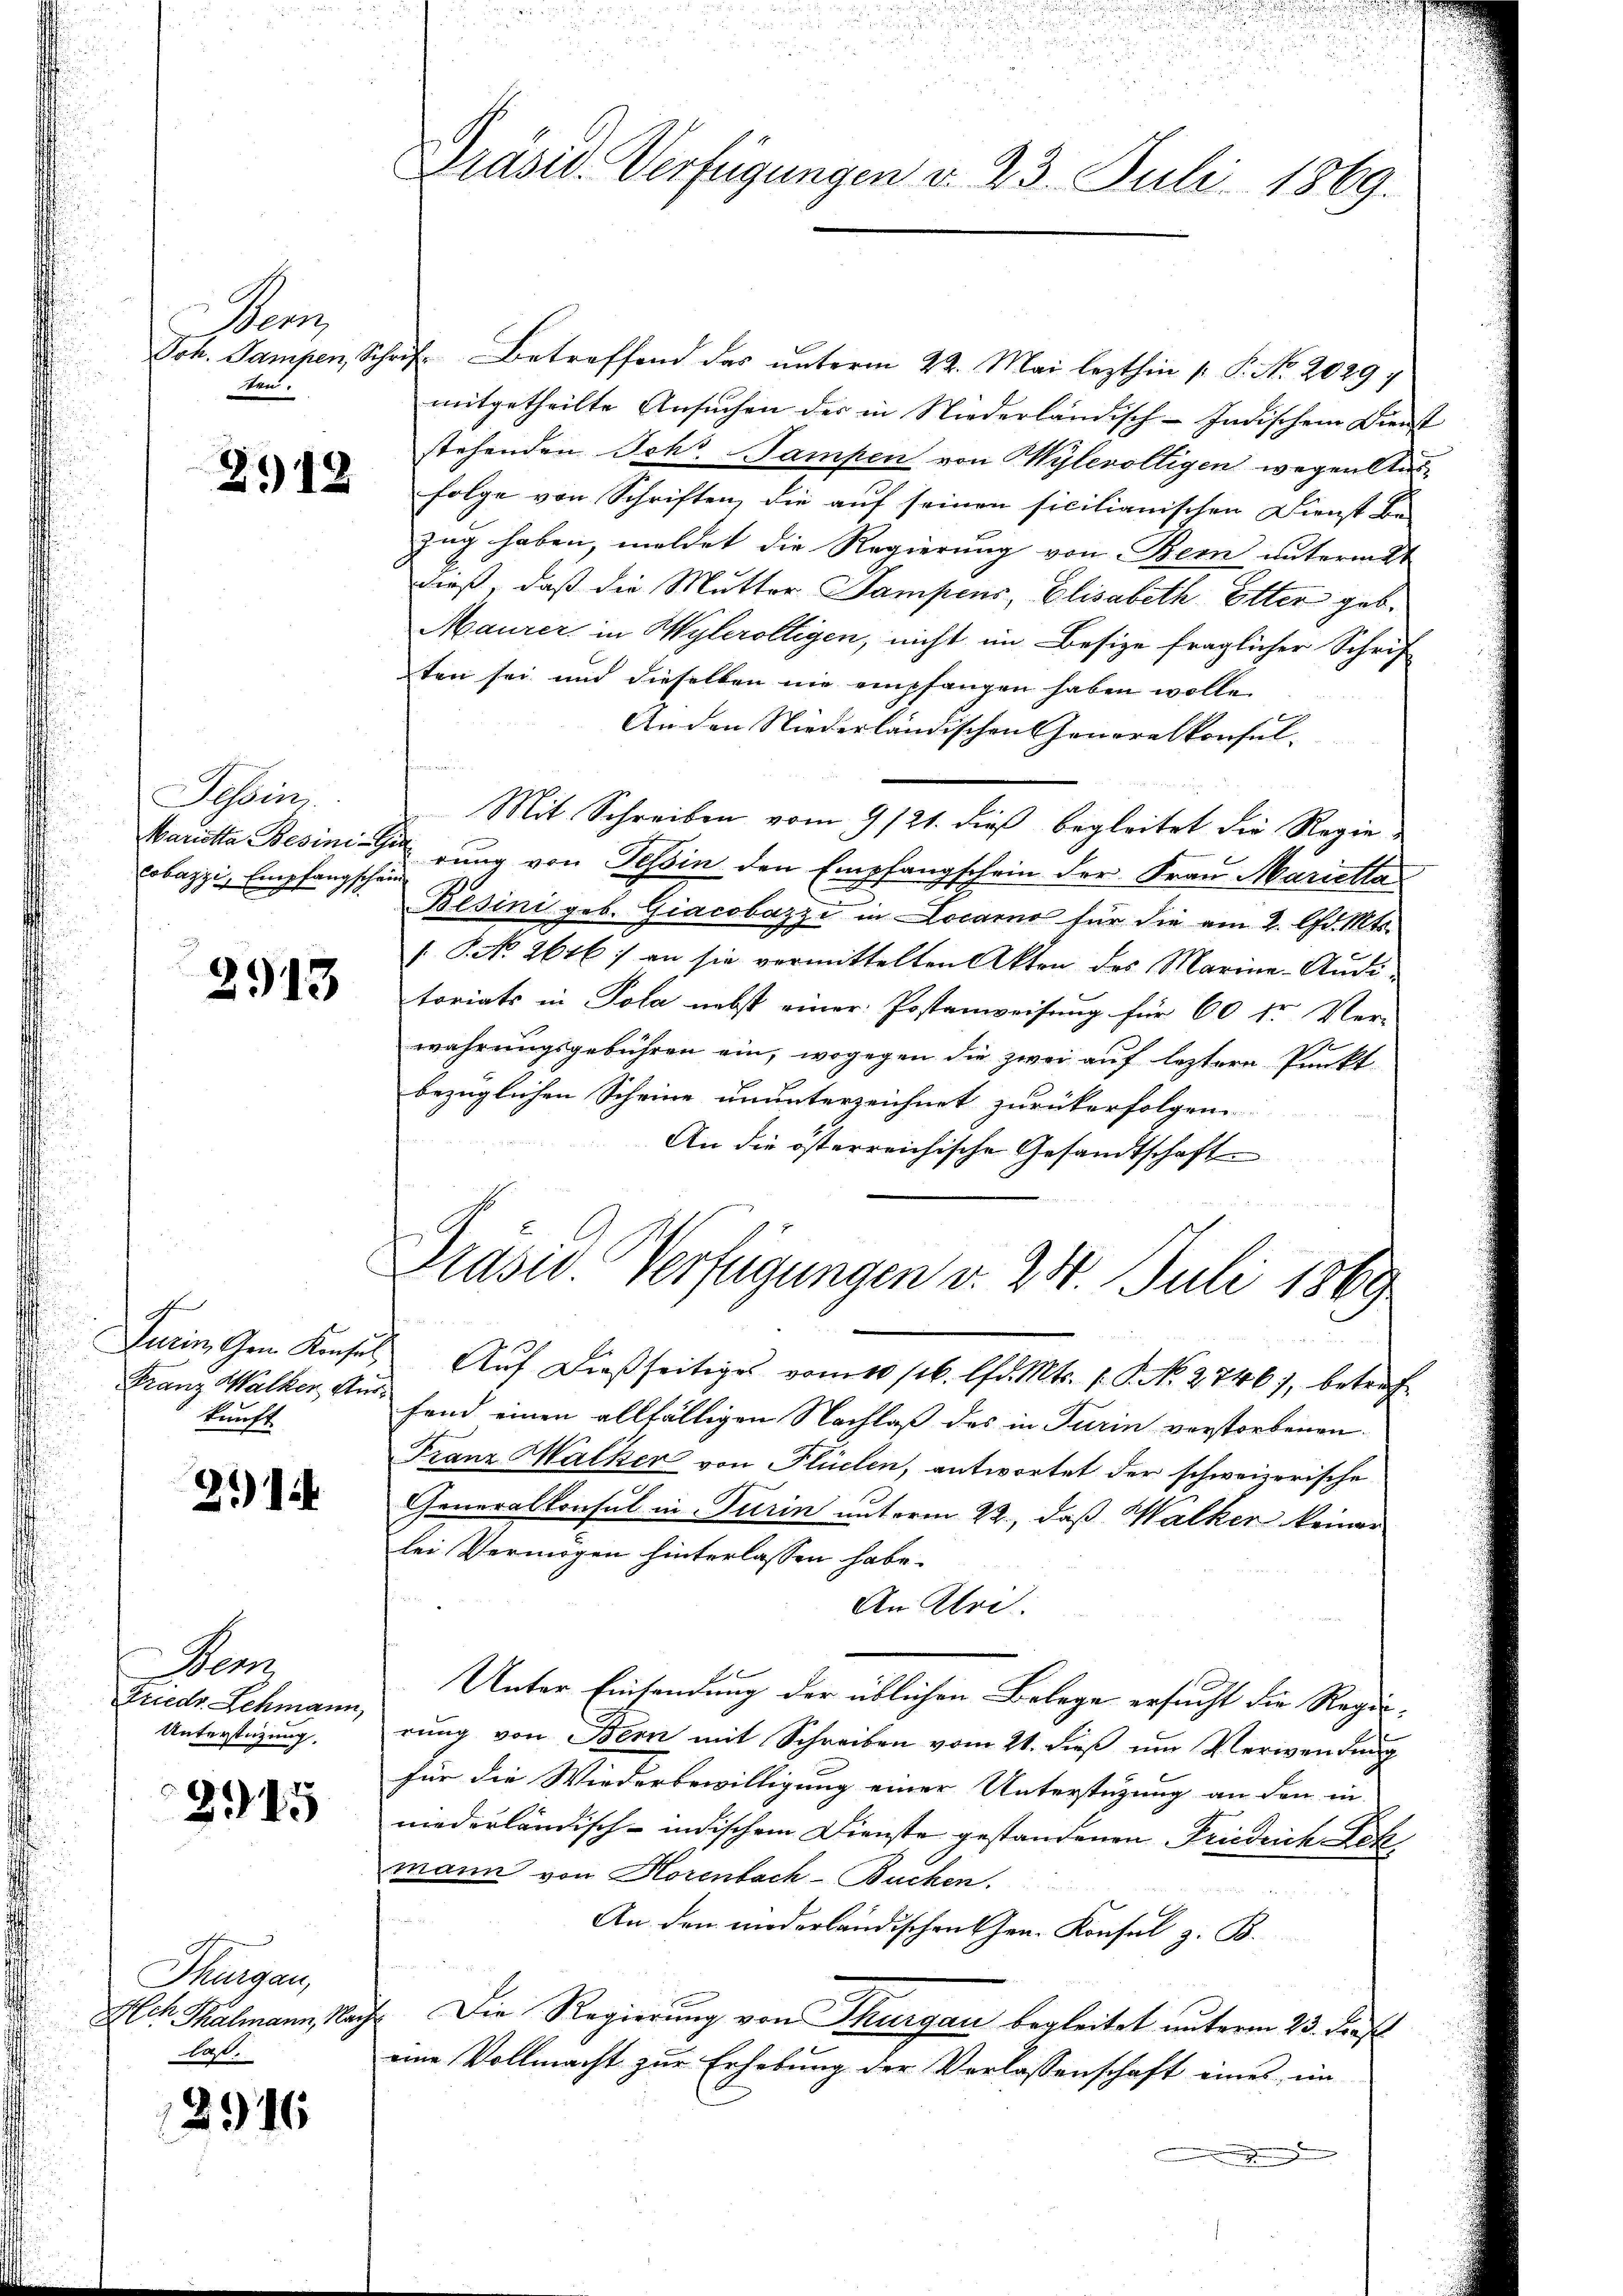
en
sten.

2912

Tessin.
Cobazzis Empfangschein

2913

Turin Gem. Konses,
Franz Walker Auskunft

2114

Pens
Friedr Schmann,
Unterstüzung.

2945

Thurgau,
Hch Thalmann, Na
laß.

2916

Präsid. Verfügungen v. 23. Juli 1869.

Joh. Sampen, Schrif Betreffend das unterm 22. Mai lezthin 1. P. Nr. 20297
mitgetheilte Ansuchen der in Niederländisch-Indischem Dienst
stehenden Schr. Sampen von Wylevölligen wegen Ausfolge von Schriften, die auf seinen sicilianischen Dienst Be-
zug haben, meldet die Regierung von Bern untermitt
dieß, daß die Mutter Sampens, Elisabeth Etter geb.
Maurer in Wylerolligen, nicht im Besize fraglicher Schrif
ten sei und dieselben nie empfangen haben wolle,
An den Niederländischen Generalkonsul¬
Mit Schreiben vom 9/21. dieß begleitet die Regie¬
Marietta Besinigung von Tessin den Empfangschein der Frau Marietta
Besini geb. Giacobazzi in Locarno für die am 2. d. Mts.
/ No. 2646) an sie vermittelten Akten des Marine-Aŭdi-
toriats in Pola nebst einer Postanweisung für 60 fr Ver-
f
wahrungsgebühren ein, wogegen die zwei auf leztere Punkt
bezüglichen Scheine ununterzeichnet zurückerfolgen
An die österreichische Gesandtschaft
Präsid. Verfügungen v. 230. Juli 1869
Aŭf dießseitiges vom 10 116. lfd. Mts. f. G. N. 2746), betref
fand einen allfälligen Nachlaß des in Turin verstorbenen
Franz Malker von Flüchen, antwortet der schweizerische
Generalkonsul in Turin unterm 22., daß Walker keiner
lei Vermögen hinterlassen habe.
An Ulri
Unter Einsendung der üblichen Belege ersucht die Regierŭng von Bern mit Schreiben vom 21. dieβ ŭm Verwendung
für die Wiederbewilligung einer Unterstüzung an den in
niederländisch-indischem Dienste gestandenen Friedrich Leh
mann von Horenbach-Buchen.
An den niederländischen Hrn. Konsul z. B.
2. Die Regierung von Thurgau begleitet unterm 23. Dies
eine Vollmacht zur Erhebung der Verlassenschaft eines im
e